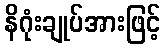
နိဂုံးချုပ်အားဖြင့်